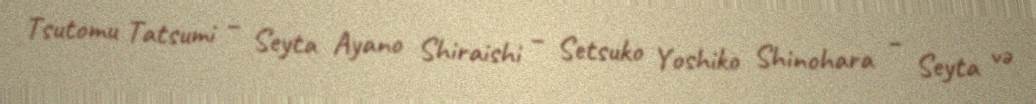
Tsutomu Tatsumi – Seyta Ayano Shiraishi – Setsuko Yoshiko Shinohara – Seyta və